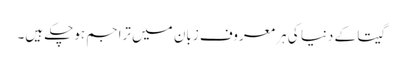
گیتا کے دنیا کی ہر معروف زبان میں تراجم ہوچکے ہیں۔